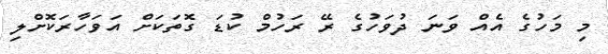
މި މަހުގެ އެއް ވަނަ ދުވަހުގެ ރޭ ރަހުމް ކުޑަ ގޮތަކަށް އަވަހާރަކޮށްލި